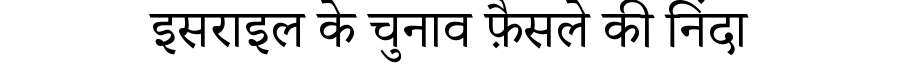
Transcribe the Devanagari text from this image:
इसराइल के चुनाव फ़ैसले की निंदा